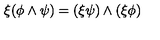
\xi ( \phi \wedge \psi ) = ( \xi \psi ) \wedge ( \xi \phi )